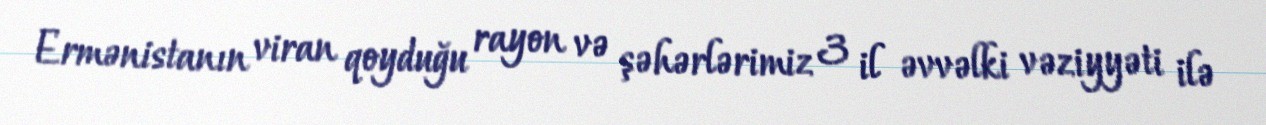
Ermənistanın viran qoyduğu rayon və şəhərlərimiz 3 il əvvəlki vəziyyəti ilə